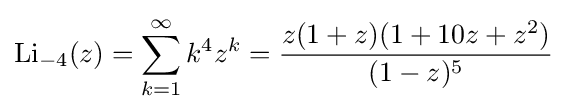
\operatorname {Li} _{-4}(z)=\sum _{k=1}^{\infty }k^{4}z^{k}={\frac {z(1+z)(1+10z+z^{2})}{(1-z)^{5}}}